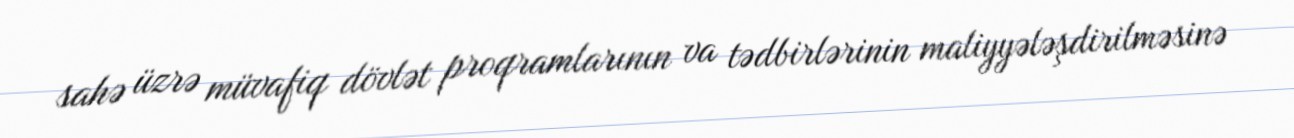
sahə üzrə müvafiq dövlət proqramlarının va tədbirlərinin maliyyələşdirilməsinə